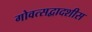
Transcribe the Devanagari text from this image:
गोवत्सद्वादशीस